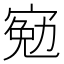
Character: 𡩄